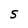
Character: S